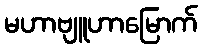
မဟာဗျူဟာမြောက်